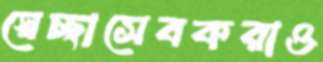
স্বেচ্ছাসেবকরাও